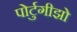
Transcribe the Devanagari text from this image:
पोर्टुगीझो